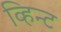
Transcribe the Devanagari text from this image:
व्हिन्ट